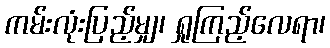
ကမ်းလုံးပြည့်မျှ၊ ရှုကြည့်လေရာ၊